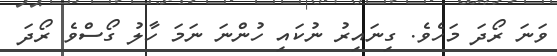
ވަނަ ރޯދަ މަހެވެ. ގިނައިރު ނުކައި ހުންނަ ނަމަ ހާލު ގޯސްވެ ރޯދަ